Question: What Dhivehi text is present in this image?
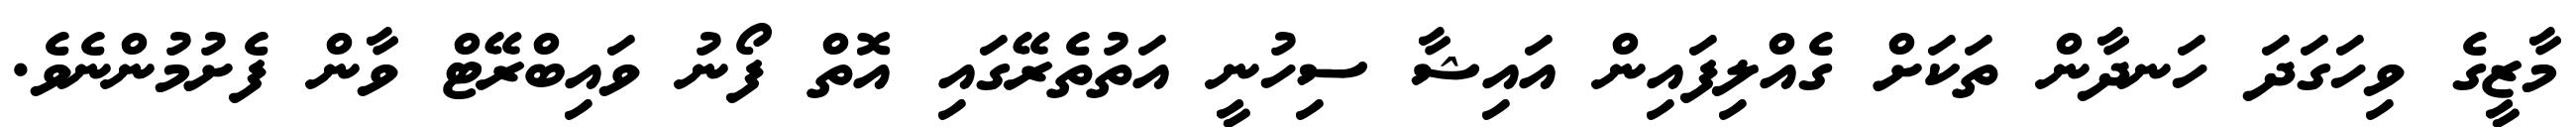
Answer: މާޒީގެ ވިހަގަދަ ހަނދާން ތަކަށް ގެއްލިފައިން އައިޝާ ސިހުނީ އަތުތެރޭގައި އޮތް ފޯނު ވައިބްރޭޓް ވާން ފެށުމުންނެވެ.